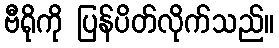
ဗီရိုကို ပြန်ပိတ်လိုက်သည်။